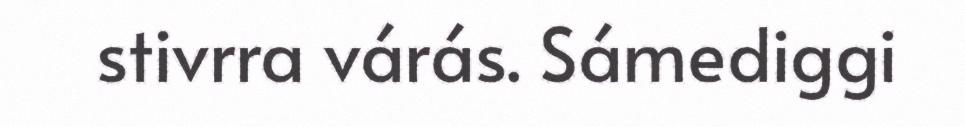
stivrra várás. Sámediggi